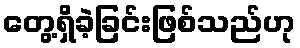
တွေ့ရှိခဲ့ခြင်းဖြစ်သည်ဟု